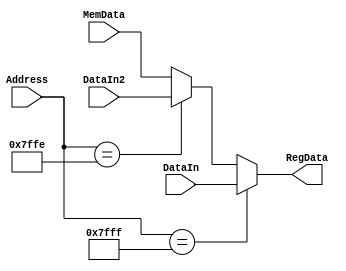
module Parallel_IN(
	input [15:0] MemData,
	input [14:0] Address,
	input [15:0] DataIn, DataIn2,
	output[15:0] RegData
);
//
	assign RegData = (Address == 15'h7FFF)?DataIn:((Address == 15'h7FFE)? DataIn2:MemData);
endmodule